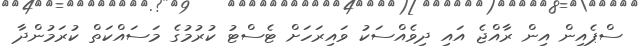
ސްޕެއިން އިން ރާއްޖެ އައި ދިވެއްސަކު ވައިރަހަށް ޓެސްޓު ކުރުމުގެ މަސައްކަތް ކުރަމުންދާ